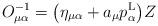
LaTeX: \begin{align*}O^{-1}_{\mu\alpha}=\big(\eta_{\mu\alpha}+a_\mu p^{\rm L}_\alpha\big)Z\end{align*}